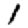
Digit: 1